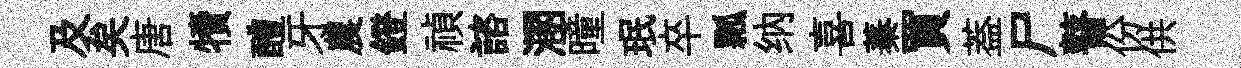
及矣唐犢醴牙農鐙禎諮溷曈珉卒瓢纳喜蓁買葢尸瞽份供